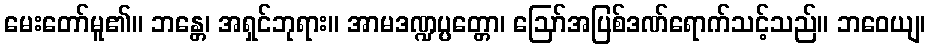
မေးတော်မူ၏။ ဘန္တေ၊ အရှင်ဘုရား။ အာမဒဏ္ဍပ္ပတ္တော၊ ဩော်အပြစ်ဒဏ်ရောက်သင့်သည်။ ဘဝေယျ၊